Vaccination in the Punjab 1905-1918 - 1905-1918
Year: 1905
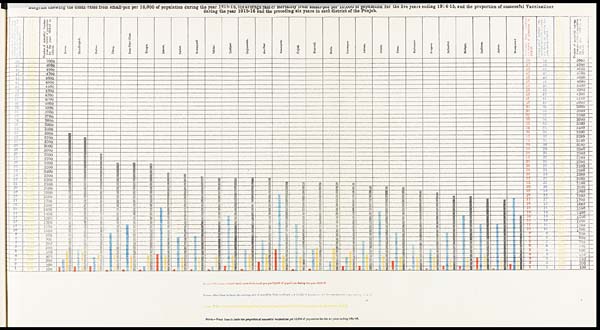
Diagram
showing
the
death-rates
from small-pox per 10,000 of population during the year
1915-16, the averge rate of mortanty
from
small-pox
population for the five years ending 1914-15, and the proportion of successful Vaccinations
during the year 1915-16 and the preceding six years in each district of the Punjab.